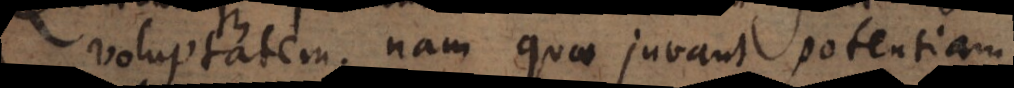
voluptatem; nam quae juvant potentiam